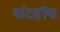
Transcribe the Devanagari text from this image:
वांटहॉफ